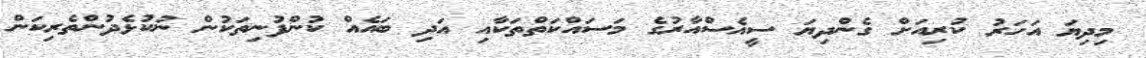
މިދިޔަ އަހަރު ކުރިއަށް ގެންދިޔަ ސީއެސްއާރުގެ މަސައްކަތްތަކާއި އަދި ބައެއް ކުންފުނިތަކުން ނުކުޅެދުންތެރިކަން